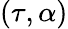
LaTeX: (\tau,\alpha)